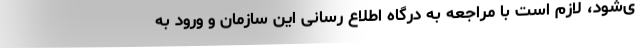
ی‌شود، لازم است با مراجعه به درگاه اطلاع رسانی این سازمان و ورود به